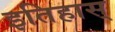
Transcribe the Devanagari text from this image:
इतिहास्